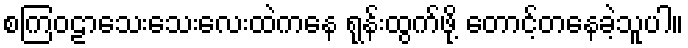
စကြဝဠာသေးသေးလေးထဲကနေ ရုန်းထွက်ဖို့ တောင့်တနေခဲ့သူပါ။